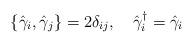
LaTeX: \begin{align*}\{\hat{\gamma}_i,\hat{\gamma}_j\}=2{\delta}_{ij},\ \ \ \hat{\gamma}_i^{\dagger}=\hat{\gamma}_i\end{align*}